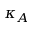
\kappa _ { A }